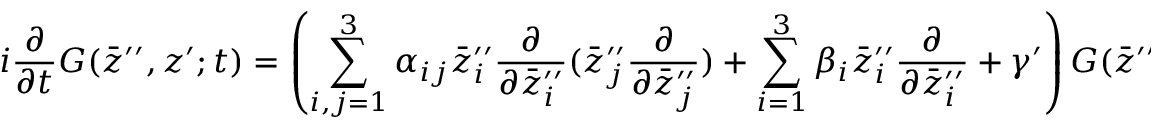
i \frac { \partial } { \partial t } G ( \bar { z } ^ { \prime \prime } , z ^ { \prime } ; t ) = \left( \sum _ { i , j = 1 } ^ { 3 } \alpha _ { i j } \bar { z } _ { i } ^ { \prime \prime } \frac { \partial } { \partial \bar { z } _ { i } ^ { \prime \prime } } ( \bar { z } _ { j } ^ { \prime \prime } \frac { \partial } { \partial \bar { z } _ { j } ^ { \prime \prime } } ) + \sum _ { i = 1 } ^ { 3 } \beta _ { i } \bar { z } _ { i } ^ { \prime \prime } \frac { \partial } { \partial \bar { z } _ { i } ^ { \prime \prime } } + \gamma ^ { \prime } \right) G ( \bar { z } ^ { \prime \prime } , z ^ { \prime } ; t )